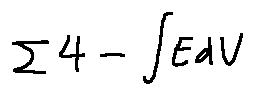
\sum 4 - \int E d V